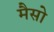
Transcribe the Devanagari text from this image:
मैसो